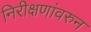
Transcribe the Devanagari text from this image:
निरीक्षणांवरुन